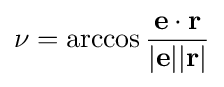
\nu =\arccos {{\mathbf {e} \cdot \mathbf {r} } \over {\mathbf {\left|e\right|} \mathbf {\left|r\right|} }}